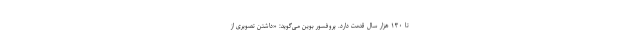
تا ۱۳۰ هزار سال قدمت دارد. پروفسور بوین می‌گوید: «داشتن تصویری از